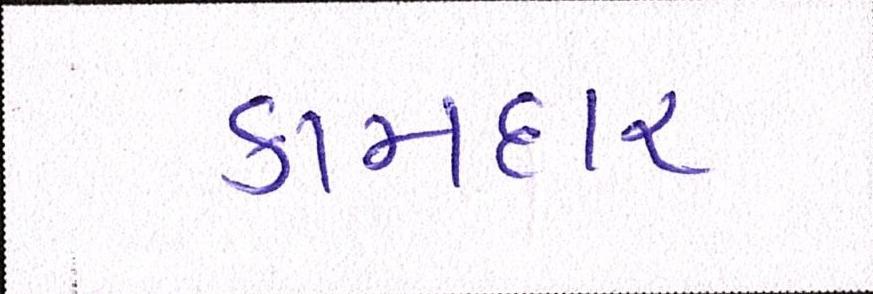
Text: કામદાર